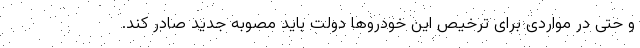
و حتی در مواردی برای ترخیص این خودروها دولت باید مصوبه جدید صادر کند.